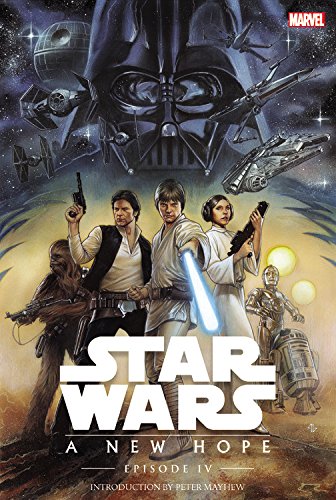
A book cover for Star Wars: Episode IV: A New Hope; Roy Thomas; Comics & Graphic Novels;